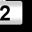
Digit: 2